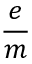
\frac { e } { m }